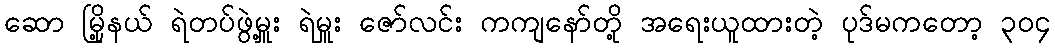
ဆော မြို့နယ် ရဲတပ်ဖွဲ့မှူး ရဲမှူး ဇော်လင်း ကကျနော်တို့ အရေးယူထားတဲ့ ပုဒ်မကတော့ ၃၀၄